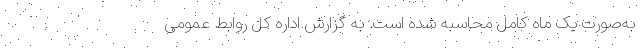
به‌صورت یک ماه کامل محاسبه شده است. به گزارش اداره کل روابط عمومی